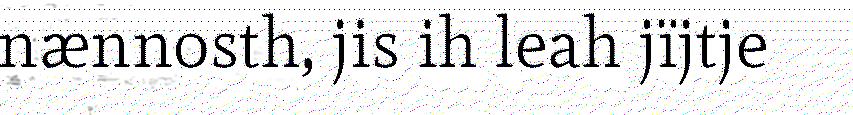
nænnosth, jis ih leah jïjtje